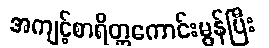
အကျင့်စာရိတ္တကောင်းမွန်ပြီး